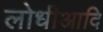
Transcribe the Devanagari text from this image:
लोधीआदि